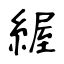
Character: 䌂